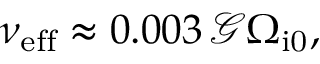
\nu _ { \mathrm { e f f } } \approx 0 . 0 0 3 \, \mathcal { G } \Omega _ { \mathrm { i 0 } } ,